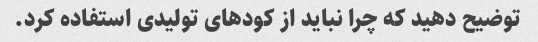
توضیح دهید که چرا نباید از کودهای تولیدی استفاده کرد.